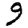
Digit: 9